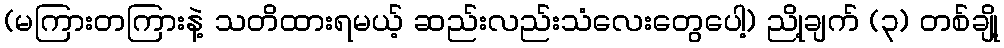
(မကြားတကြားနဲ့ သတိထားရမယ့် ဆည်းလည်းသံလေးတွေပေါ့) ညို့ချက် (၃) တစ်ချို့